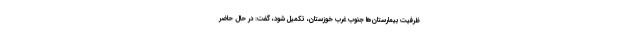
ظرفیت بیمارستان‌ها جنوب غرب خوزستان، تکمیل شود، گفت: در حال حاضر